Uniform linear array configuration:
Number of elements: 48
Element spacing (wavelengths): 0.25
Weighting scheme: uniform
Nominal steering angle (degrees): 15
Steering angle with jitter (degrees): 16.873
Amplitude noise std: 0.05
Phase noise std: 0.05

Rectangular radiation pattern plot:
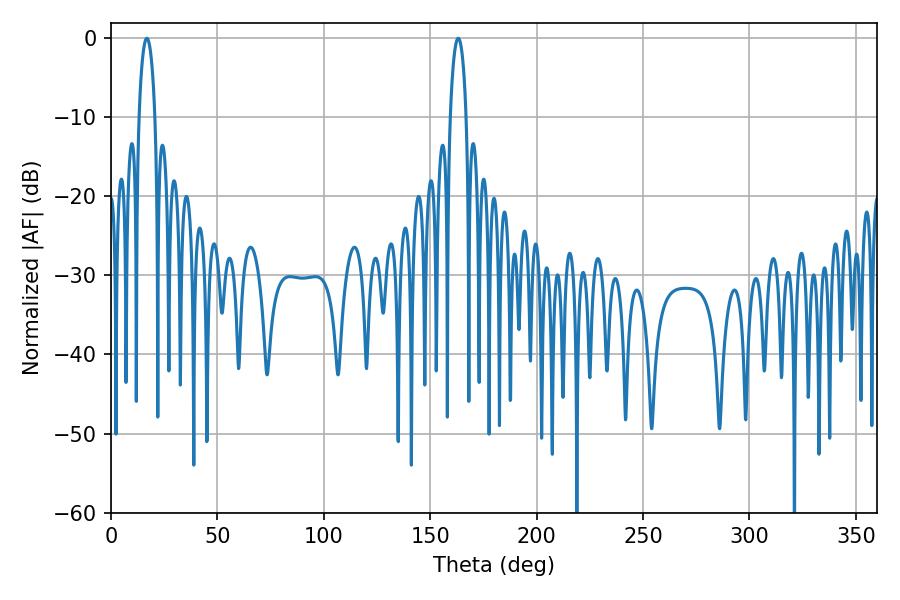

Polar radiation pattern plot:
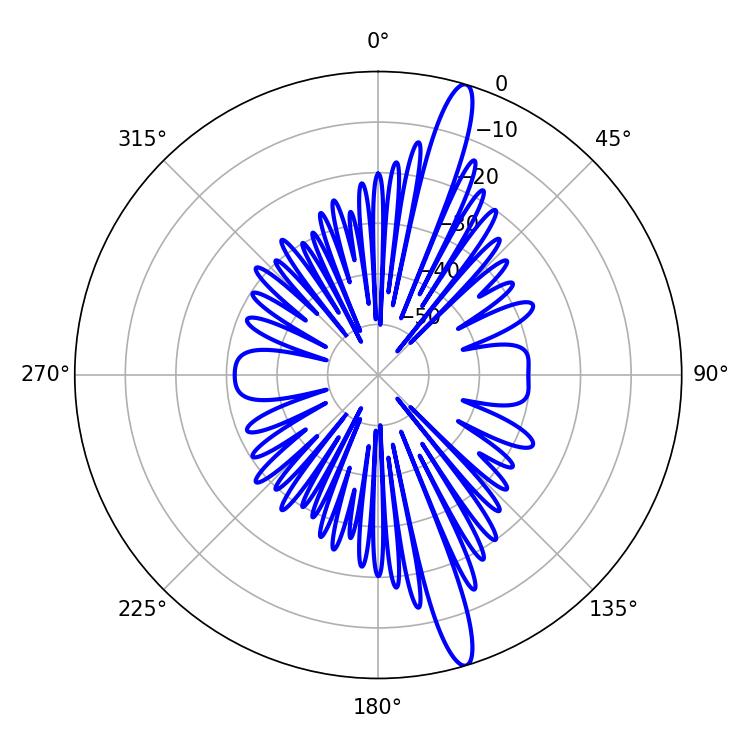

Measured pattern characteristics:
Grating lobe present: FALSE
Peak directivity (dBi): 16.019
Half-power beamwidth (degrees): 4.14
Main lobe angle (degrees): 16.92